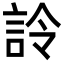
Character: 詅